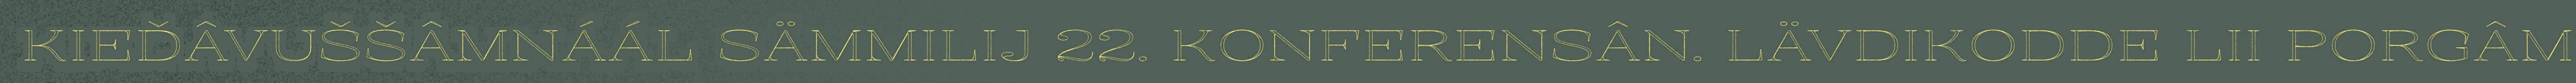
KIEĐÂVUŠŠÂMNÁÁL SÄMMILIJ 22. KONFERENSÂN. LÄVDIKODDE LII PORGÂM